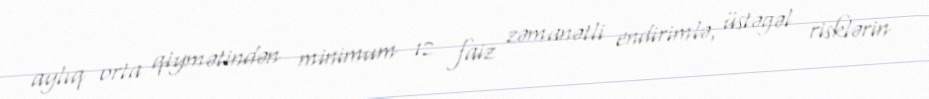
aylıq orta qiymətindən minimum 12 faiz zəmanətli endirimlə, üstəgəl risklərin